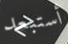
أستبعد